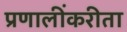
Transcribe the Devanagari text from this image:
प्रणालींकरीता